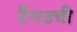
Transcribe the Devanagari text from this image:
टैंगउची